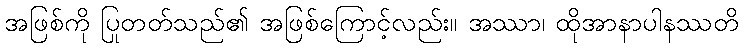
အဖြစ်ကို ပြုတတ်သည်၏ အဖြစ်ကြောင့်လည်း။ အဿာ၊ ထိုအာနာပါနဿတိ